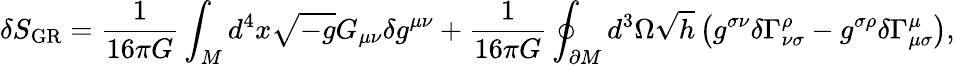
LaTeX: \delta S_{\mathrm{GR}}=\frac{1}{16\pi G}\int_{M}d^{4}x\sqrt{-g}G_{\mu\nu}\delta g^{\mu\nu}+\frac{1}{16\pi G}\oint_{\partial M}d^{3}\Omega\sqrt{h}\left(g^{\sigma\nu}\delta\Gamma_{\nu\sigma}^{\rho}-g^{\sigma\rho}\delta\Gamma_{\mu\sigma}^{\mu}\right),